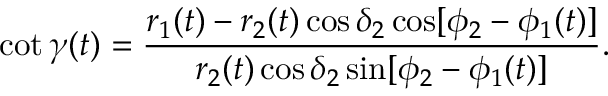
\cot \gamma ( t ) = \frac { r _ { 1 } ( t ) - r _ { 2 } ( t ) \cos \delta _ { 2 } \cos [ \phi _ { 2 } - \phi _ { 1 } ( t ) ] } { r _ { 2 } ( t ) \cos \delta _ { 2 } \sin [ \phi _ { 2 } - \phi _ { 1 } ( t ) ] } .